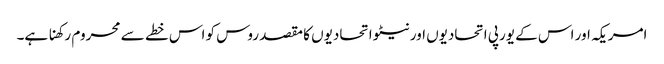
امریکہ اور اس کے یورپی اتحادیوں اور نیٹو اتحادیوں کا مقصد روس کو اس خطے سے محروم رکھنا ہے۔